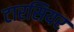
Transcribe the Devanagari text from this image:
टारसियर